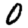
Digit: 0